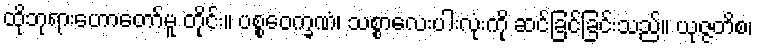
ထိုဘုရားဟောတော်မူ တိုင်း။ ပစ္စဝေက္ခဏံ၊ သစ္စာလေးပါးလုံးကို ဆင်ခြင်ခြင်းသည်။ ယုဇ္ဇတိစ၊